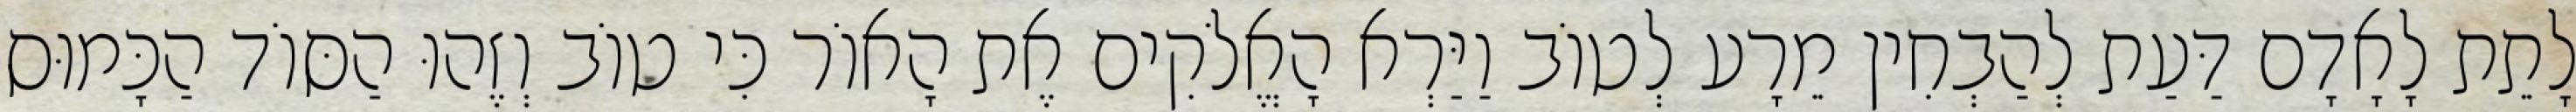
לָתֵת לָאָדָם דַּעַת לְהַבְחִין מֵרָע לְטוֹב וַיַּרְא הָאֱלֹקִים אֶת הָאוֹר כִּי טוֹב וְזֶהוּ הַסּוֹד הַכָּמוּס